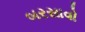
બરસાવો